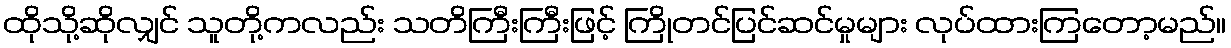
ထိုသို့ဆိုလျှင် သူတို့ကလည်း သတိကြီးကြီးဖြင့် ကြိုတင်ပြင်ဆင်မှုများ လုပ်ထားကြတော့မည်။